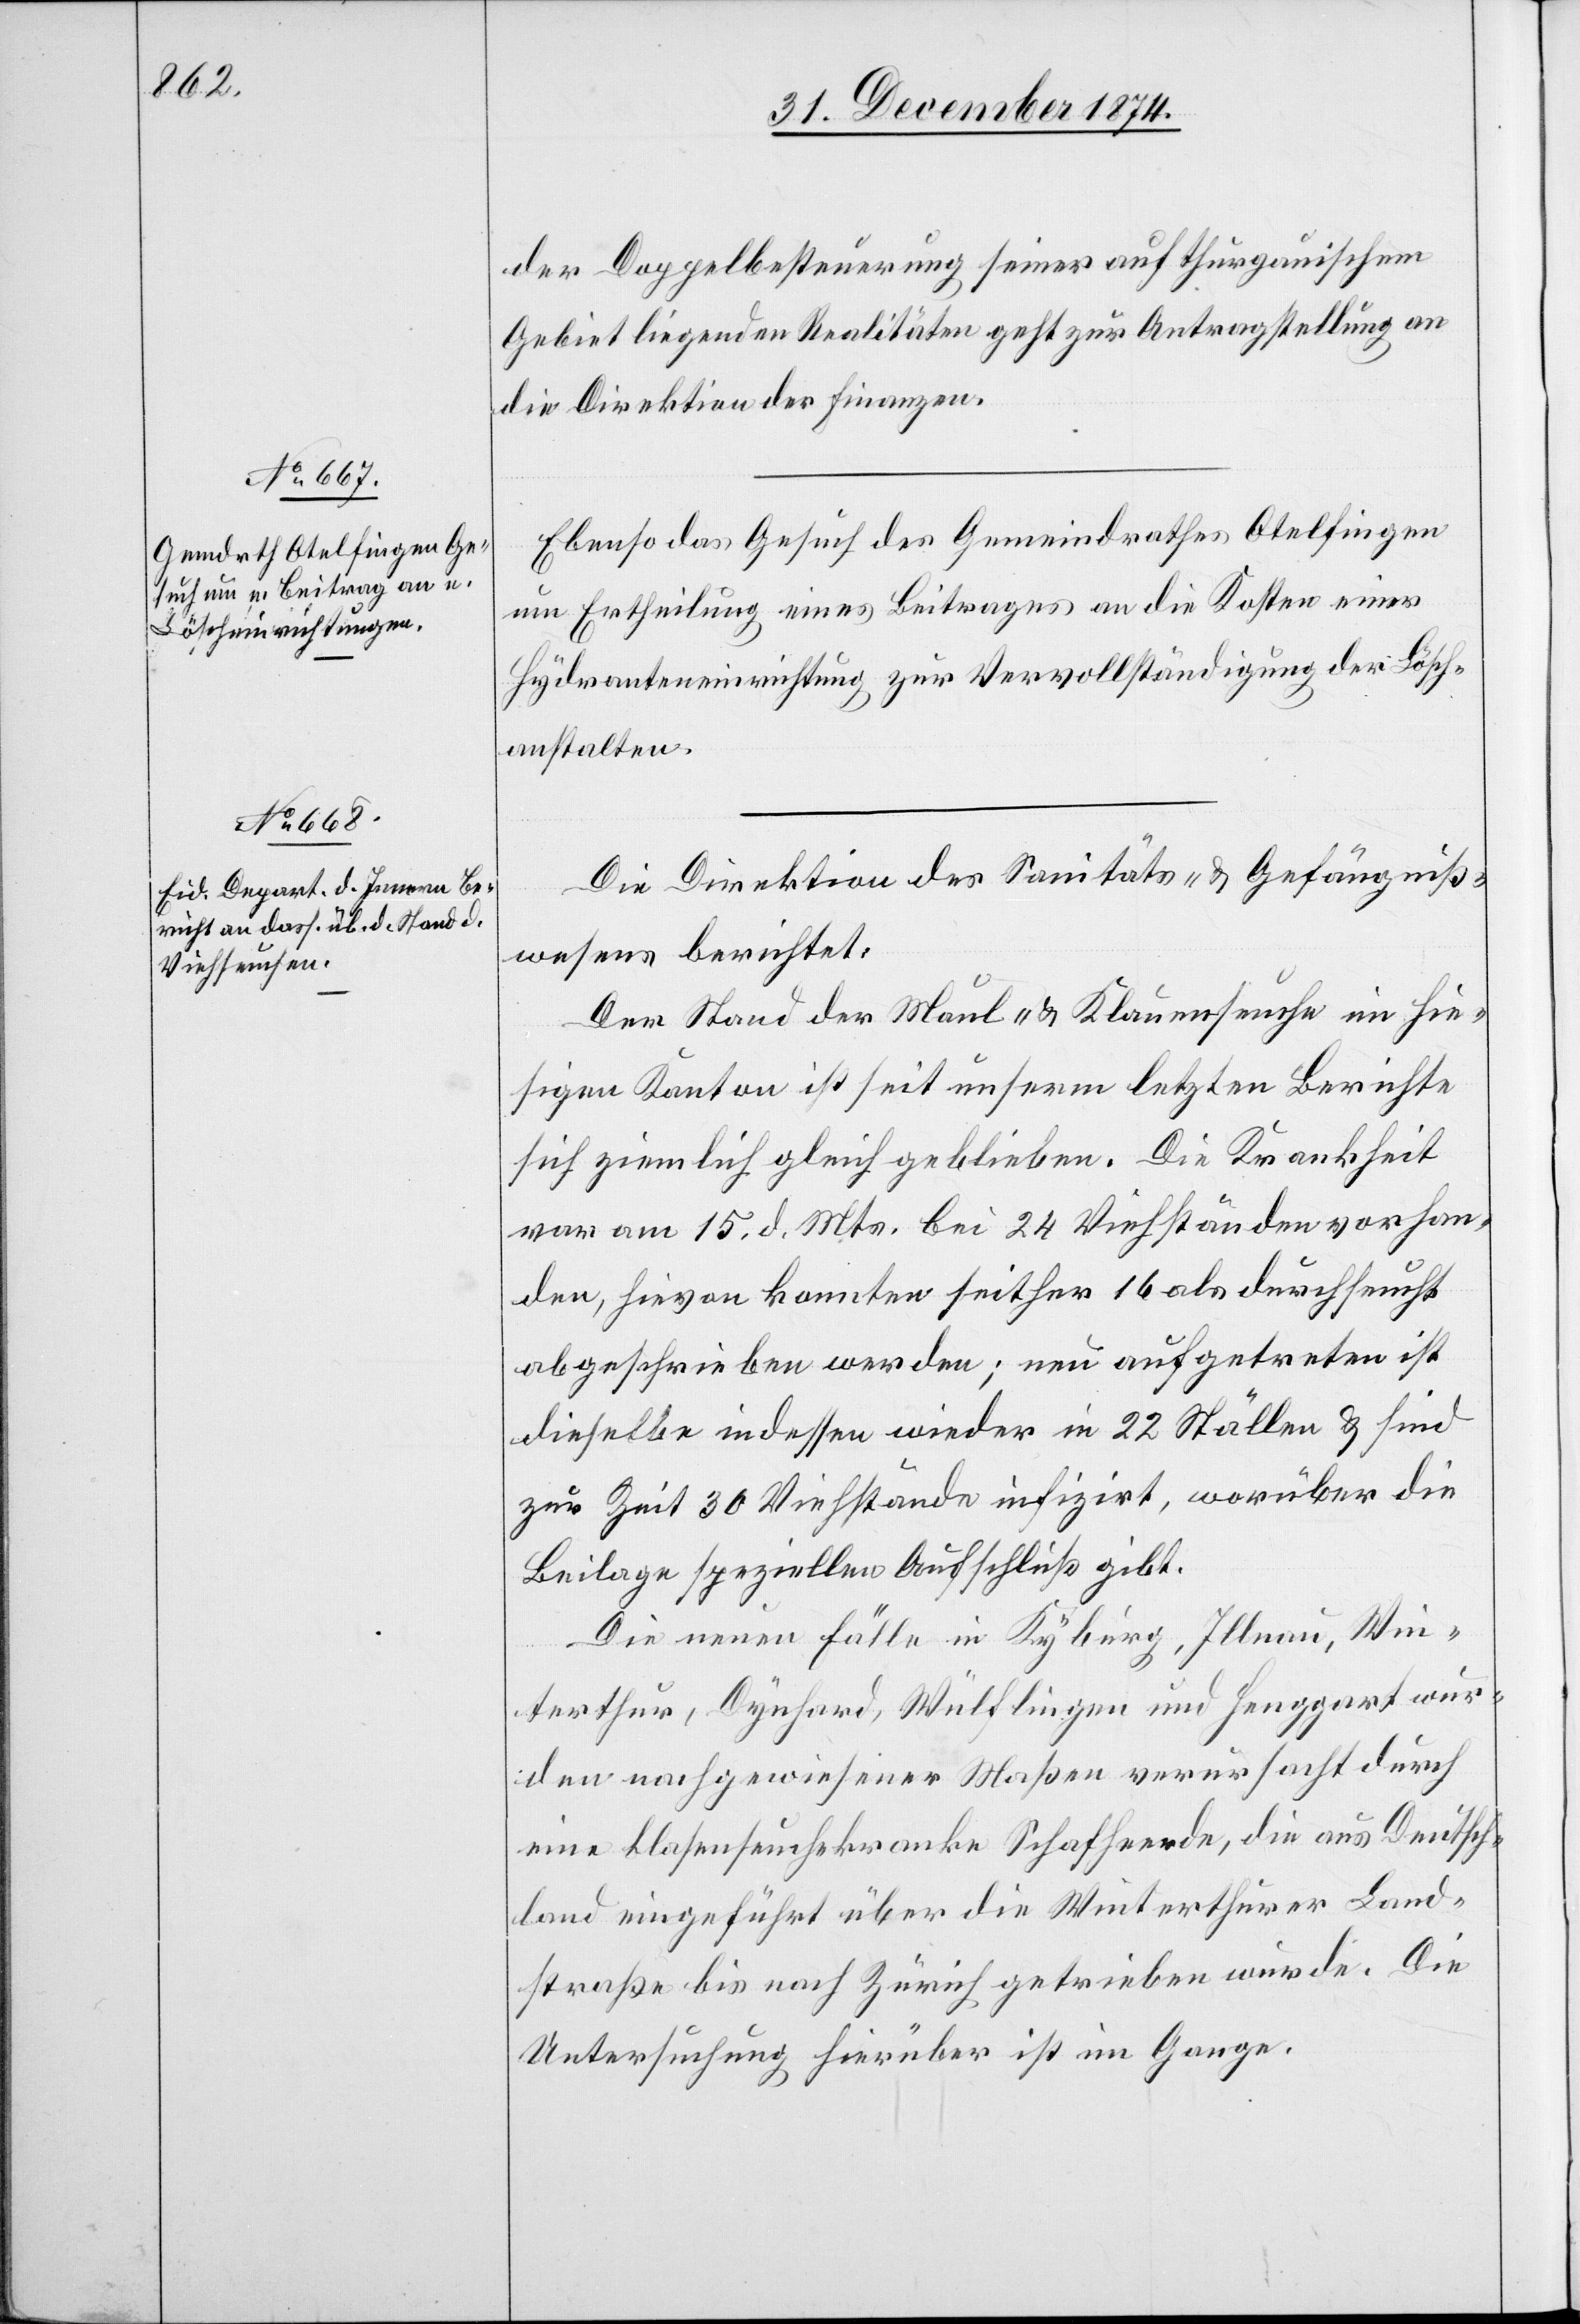
31. December 1874.]
der Doppelbesteuerung seiner auf thurgauischem
Gebiet liegenden Realitäten geht zur Antragstellung an
die Direktion der Finanzen.
Ebenso das Gesuch des Gemeindrathes Otelfingen
um Ertheilung eines Beitrages an die Kosten einer
Hydranteneinrichtung zur Vervollständigung der Lösch¬
anstalten.
Die Direktion des Sanitäts- & Gefängniß¬
wesens berichtet:
Der Stand der Maul- & Klauenseuche im hie¬
sigen Kanton ist seit unserm letzten Berichte
sich ziemlich gleich geblieben. Die Krankheit
war am 15. d. Mts. bei 24 Viehständen vorhan¬
den, hievon konnten seither 16 als durchseucht
abgeschrieben werden; neu aufgetreten ist
dieselbe indessen wieder in 22 Ställen & sind
zur Zeit 30 Viehstände infizirt, worüber die
Beilage speziellen Aufschluß gibt.
Die neuen Fälle in Kyburg, Illnau, Win¬
terthur, Dynhard, Wülflingen und Henggart wur¬
den nachgewiesener Maßen verursacht durch
eine blasenseuchekranke Schafheerde[sic!], die aus Deutsch¬
land eingeführt über die Winterthurer Land¬
straße bis nach Zürich getrieben wurde. Die
Untersuchung hierüber ist im Gange.